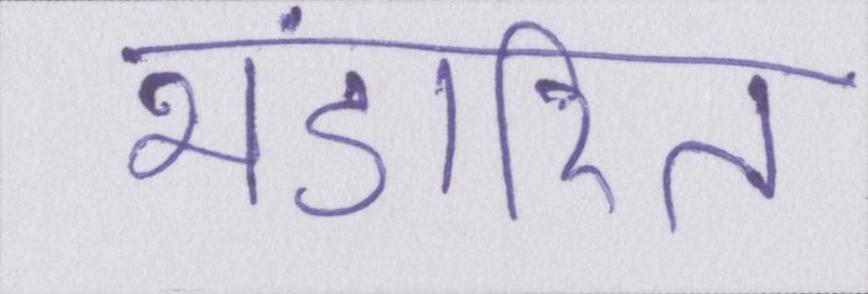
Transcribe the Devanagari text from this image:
भंडारित